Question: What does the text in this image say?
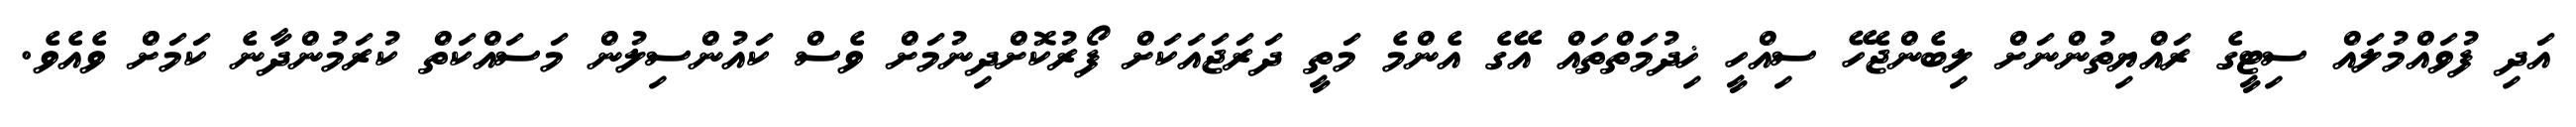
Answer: އަދި ފުވައްމުލައް ސިޓީގެ ރައްޔިތުންނަށް ލިބެންޖެހޭ ސިއްހީ ޚިދުމަތްތައް އޭގެ އެންމެ މަތީ ދަރަޖައަކަށް ފޯރުކޮށްދިނުމަށް ވެސް ކައުންސިލުން މަސައްކަތް ކުރަމުންދާނެ ކަމަށް ވެއެވެ.